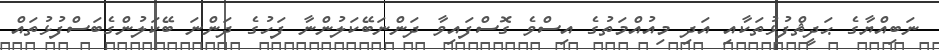
ނަބިއްޔާގެ ޙަދީޘްފުޅުތަކާއި އަދި މިއުއްމަތުގެ އިސްވެ ގޮސްފައިވާ ދަންނަބޭކަލުންނާ ފަހުގެ ދަންނަ ބޭކަލުންގެބަސްފުޅުތައް